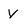
Character: y